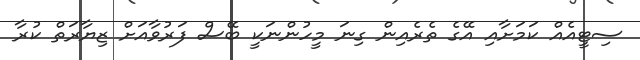
ސިޓީއެއް ކަމަށާއި އޭގެ ތެރެއިން ގިނަ މީހުންނަކީ ބޭސް ފަރުވާއަށް ޒިޔާރަތް ކުރާ